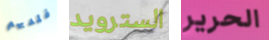
فلديهم السترويد الحرير